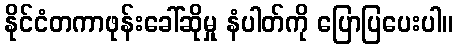
နိုင်ငံတကာဖုန်းခေါ်ဆိုမှု နံပါတ်ကို ပြောပြပေးပါ။